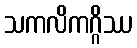
သကလိကဂ္ဂိဿ